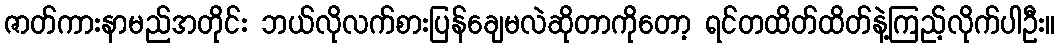
ဇာတ်ကားနာမည်အတိုင်း ဘယ်လိုလက်စားပြန်ချေမလဲဆိုတာကိုတော့ ရင်တထိတ်ထိတ်နဲ့ကြည့်လိုက်ပါဦး။